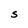
Character: S